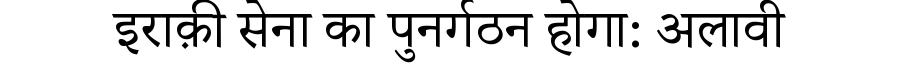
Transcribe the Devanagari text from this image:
इराक़ी सेना का पुनर्गठन होगा: अलावी